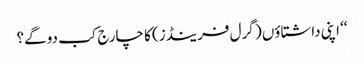
‘‘ اپنی داشتاؤں ( گرل فرینڈز) کا چارج کب دوگے؟